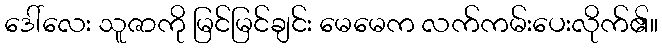
ဒေါ်လေး သူဇာကို မြင်မြင်ချင်း မေမေက လက်ကမ်းပေးလိုက်၏။